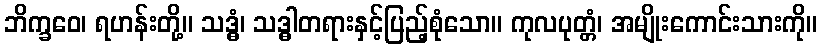
ဘိက္ခဝေ၊ ရဟန်းတို့။ သဒ္ဓံ၊ သဒ္ဓါတရားနှင့်ပြည့်စုံသော။ ကုလပုတ္တံ၊ အမျိုးကောင်းသားကို။